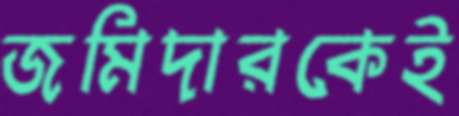
জমিদারকেই